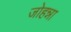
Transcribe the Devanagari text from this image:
जोहन्ना